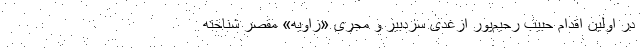
در اولین اقدام حبیب رحیم‌پور ازغدی سردبیر و مجری «زاویه» مقصر شناخته